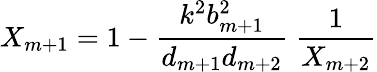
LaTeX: X_{m+1}=1-{\frac{k^{2}b_{m+1}^{2}}{d_{m+1}d_{m+2}}}\ {\frac{1}{X_{m+2}}}